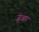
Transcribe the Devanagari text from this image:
जुआर